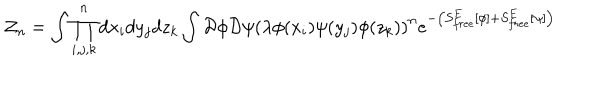
{ \cal Z } _ { n } = \int \prod _ { i , j , k } ^ { n } d x _ { i } d y _ { j } d z _ { k } \int { \cal D } \phi { \cal D } \psi \left( \lambda \phi ( x _ { i } ) \psi ( y _ { j } ) \phi ( z _ { k } ) \right) ^ { n } e ^ { - \left( S _ { f r e e } ^ { E } \left[ \phi \right] + S _ { f r e e } ^ { E } \left[ \psi \right] \right) }